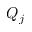
Q _ { j }